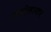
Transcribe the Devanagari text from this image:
ब्लांतायर